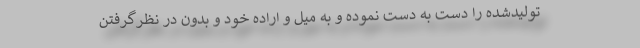
تولیدشده را دست به دست نموده و به میل و اراده خود و بدون در نظرگرفتن